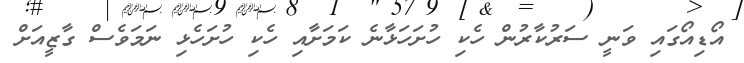
އޯޑިއޯގައި ވަނީ ސަރުކާރުން ހެކި ހުށަހަޅާނެ ކަމަށާއި ހެކި ހުށަހެޅި ނަމަވެސް ގާޒީއަށް